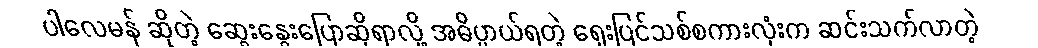
ပါလေမန် ဆိုတဲ့ ဆွေးနွေးပြောဆိုရာလို့ အဓိပ္ပာယ်ရတဲ့ ရှေးပြင်သစ်စကားလုံးက ဆင်းသက်လာတဲ့